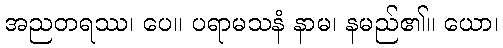
အညတရဿ၊ ပေ။ ပရာမသနံ နာမ၊ နမည်၏။ ယော၊